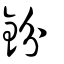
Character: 鈖